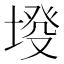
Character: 𡍰